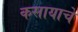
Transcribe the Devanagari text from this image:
कसायाचे